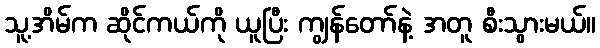
သူ့အိမ်က ဆိုင်ကယ်ကို ယူပြီး ကျွန်တော်နဲ့ အတူ စီးသွားမယ်။